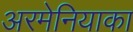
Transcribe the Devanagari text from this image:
अरमेनियाका